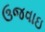
ઉજવાઇ